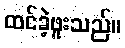
ထင်ခဲ့ဖူးသည်။